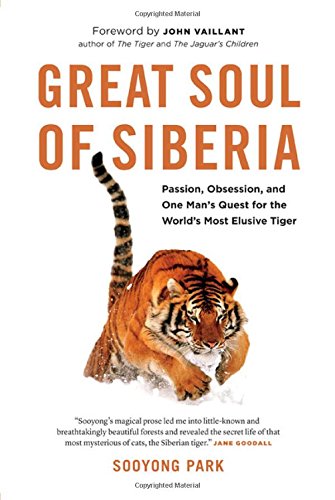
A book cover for Great Soul of Siberia: Passion, Obsession, and One Man's Quest for the World's Most Elusive Tiger; Sooyong Park; Science & Math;